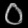
Digit: ၀